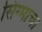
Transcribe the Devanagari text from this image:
सिग्माचा